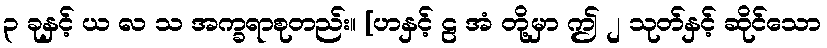
၃ ခုနှင့် ယ လ သ အက္ခရာစုတည်း။ [ဟနှင့် ဠ အံ တို့မှာ ဤ ၂ သုတ်နှင့် ဆိုင်သော